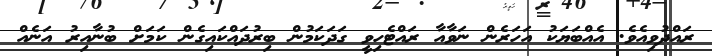
ރައްދުވިއެވެ. އެއްބަޔަކު އަހަރެން ނަވާއާ ރައްޓެހިވީ ގަދަކަމުން ބިރުދައްކައިގެން ކަމަށް ބުނާއިރު އަނެއް